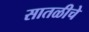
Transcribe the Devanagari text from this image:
सातळीचे